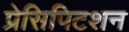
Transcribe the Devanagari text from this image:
प्रेसिपिटशन